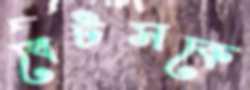
বেটসকে